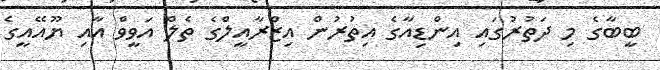
ބީބާގެ މި ދަތުރުގައި އިންޑިއާގެ އިތުރުން އިޒްރާއީލްގެ ތެލް އަވީވް އާއި ޔޫއޭއީގެ